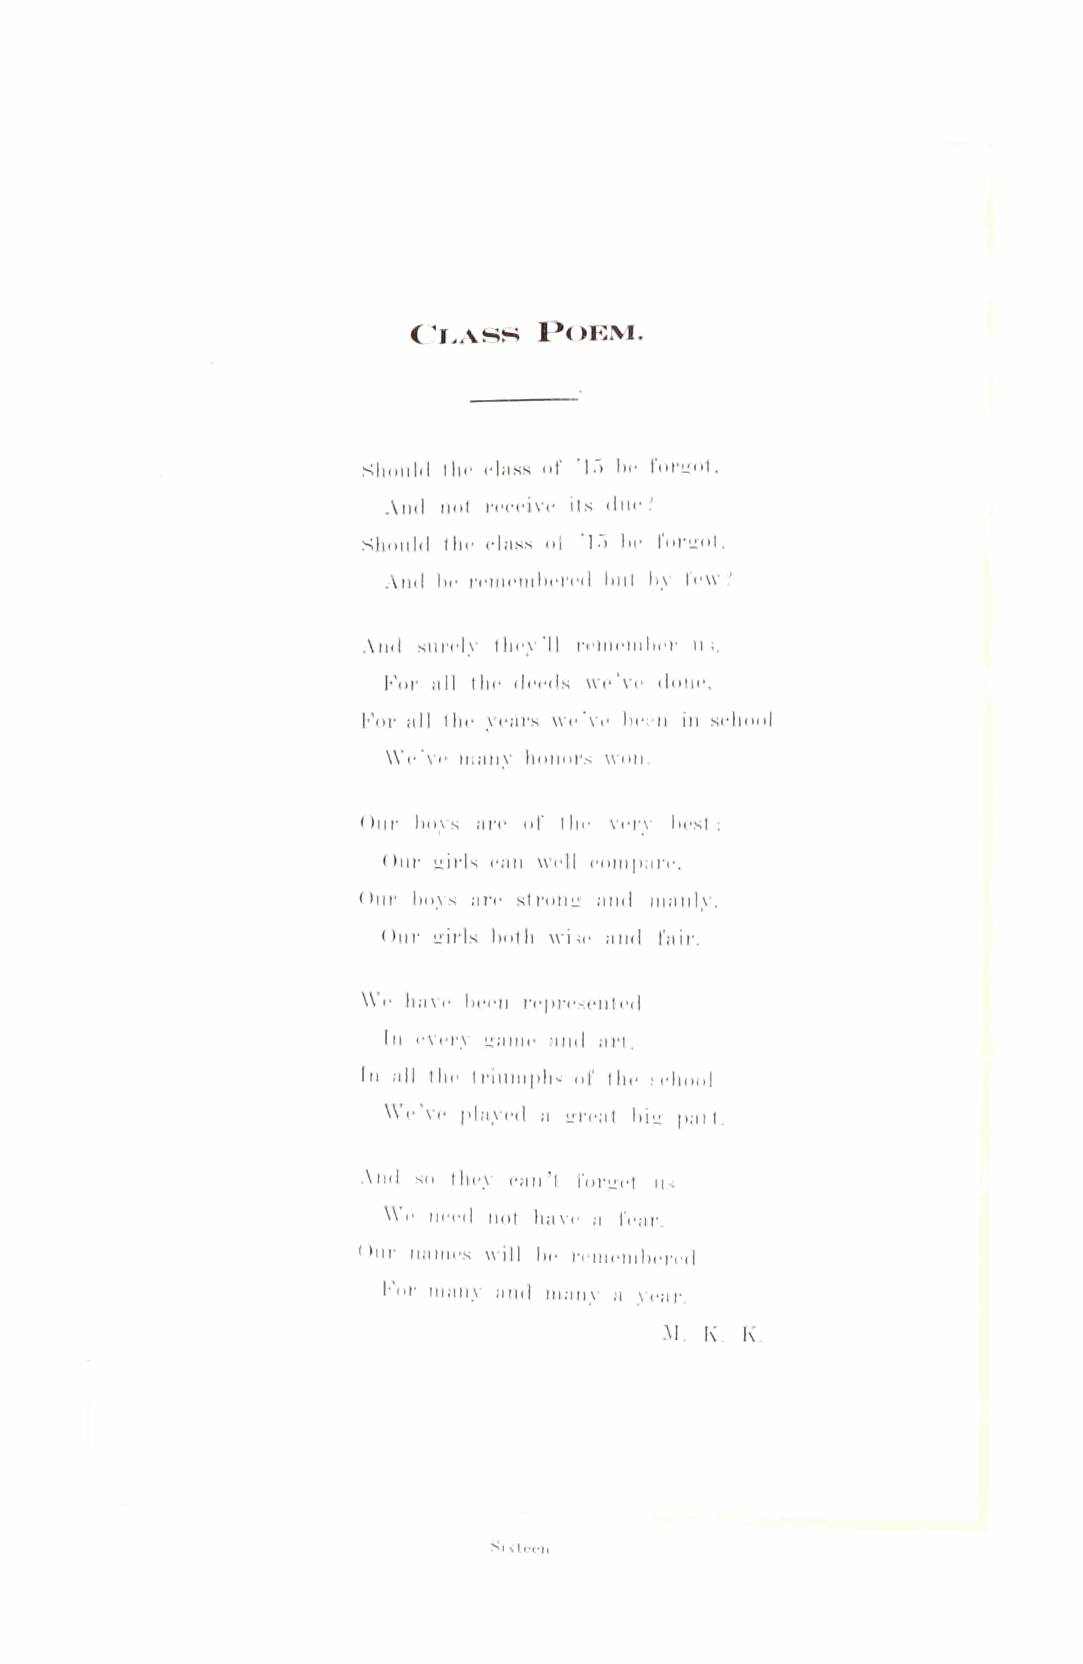
C i.ass  P oem.
 Should the class of ’15 be forgot,
 And not receive its due ?
 Should the class of ’15 be forgot,
 And be remembered but by few?
 And surely they’ll remember in.
 For all the deeds we’ve done,
 For all the years we’ve been in school
 We’ve many honors won.
 Our boys are of the very best;
 Our girls can well compare,
 Our boys are strong and manly.
 Our girls both wise and fair.
 We have been represented
 In every game and art,
 Tn all the triumphs of the school
 We’ve played a great big put.
 And so they can’t forget us
 We need not have a fear.
 Our names will be remembered
 For many and many a year.
 M. K. K.
 Sixteen